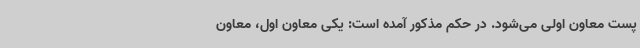
پست معاون اولی می‌شود. در حکم مذکور آمده است: یکی معاون اول، معاون